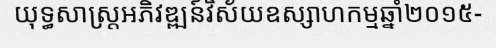
យុទ្ធសាស្ត្រអភិវឌ្ឍន៍វិស័យឧស្សាហកម្មឆ្នាំ២០១៥-